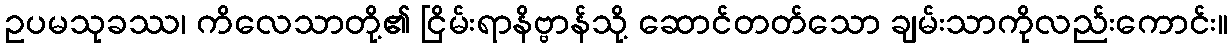
ဥပမသုခဿ၊ ကိလေသာတို့၏ ငြိမ်းရာနိဗ္ဗာန်သို့ ဆောင်တတ်သော ချမ်းသာကိုလည်းကောင်း။